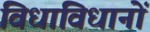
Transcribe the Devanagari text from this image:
विधाविधानों